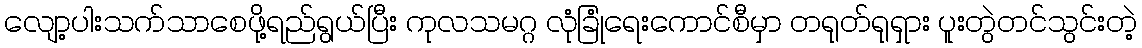
လျော့ပါးသက်သာစေဖို့ရည်ရွယ်ပြီး ကုလသမဂ္ဂ လုံခြုံရေးကောင်စီမှာ တရုတ်ရုရှား ပူးတွဲတင်သွင်းတဲ့